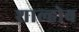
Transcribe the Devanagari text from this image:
शाल्होब